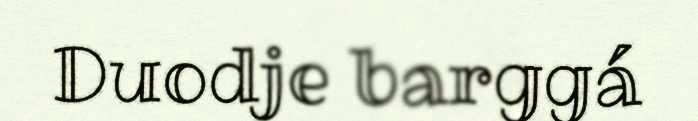
Duodje barggá